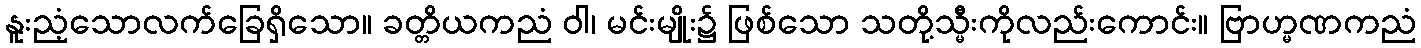
နူးညံ့သောလက်ခြေရှိသော။ ခတ္တိယကညံ ဝါ၊ မင်းမျိုး၌ ဖြစ်သော သတို့သ္မီးကိုလည်းကောင်း။ ဗြာဟ္မဏကညံ